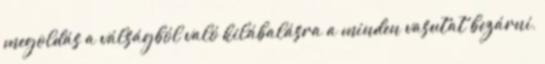
megoldás a válságból való kilábalásra a minden vasutat bezárni,